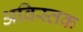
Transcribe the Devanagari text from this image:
अविस्तक